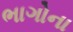
ભાગોના